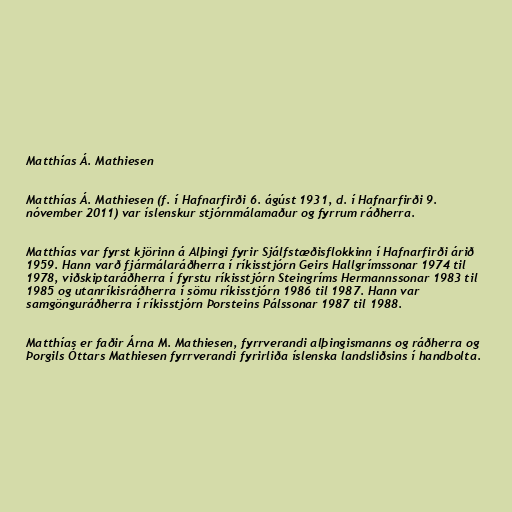
Matthías Á. Mathiesen

Matthías Á. Mathiesen (f. í Hafnarfirði 6. ágúst 1931, d. í Hafnarfirði 9.
nóvember 2011) var íslenskur stjórnmálamaður og fyrrum ráðherra.

Matthías var fyrst kjörinn á Alþingi fyrir Sjálfstæðisflokkinn í Hafnarfirði árið
1959. Hann varð fjármálaráðherra í ríkisstjórn Geirs Hallgrímssonar 1974 til
1978, viðskiptaráðherra í fyrstu ríkisstjórn Steingríms Hermannssonar 1983 til
1985 og utanríkisráðherra í sömu ríkisstjórn 1986 til 1987. Hann var
samgönguráðherra í ríkisstjórn Þorsteins Pálssonar 1987 til 1988.

Matthías er faðir Árna M. Mathiesen, fyrrverandi alþingismanns og ráðherra og
Þorgils Óttars Mathiesen fyrrverandi fyrirliða íslenska landsliðsins í handbolta.